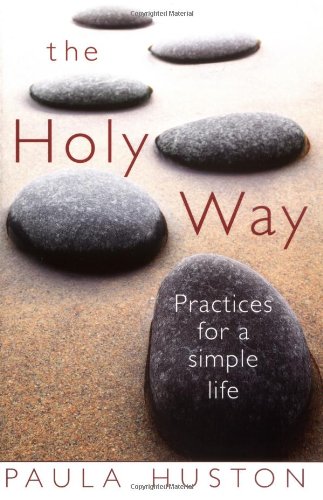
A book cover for The Holy Way: Practices for a Simple Life; Paula Huston; Christian Books & Bibles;